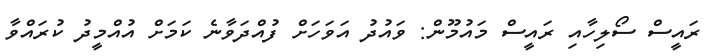
ރައީސް ސޯލިހާއި ރައީސް މައުމޫން: ވައުދު އަވަހަށް ފުއްދަވާނެ ކަމަށް އުއްމީދު ކުރައްވާ